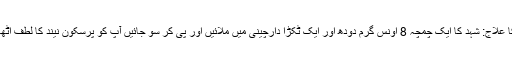
بے خوابی کا علاج: شہد کا ایک چمچہ 8 اونس گرم دودھ اور ایک ٹکڑا دارچینی میں ملائیں اور پی کر سو جائیں آپ کو پرسکون نیند کا لطف اٹھا سکیں گے۔